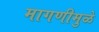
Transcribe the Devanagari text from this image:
मागणीमुळे